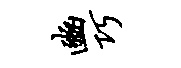
豳巧